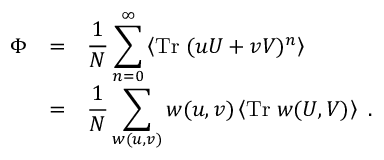
\begin{array} { r c l } { { \Phi } } & { { = } } & { { \displaystyle \frac { 1 } { N } \sum _ { n = 0 } ^ { \infty } \left\langle \mathrm { T r } \; ( u U + v V ) ^ { n } \right\rangle } } \\ { { } } & { { = } } & { { \displaystyle \frac { 1 } { N } \sum _ { w ( u , v ) } w ( u , v ) \left\langle \mathrm { T r } \; w ( U , V ) \right\rangle \ . } } \end{array}